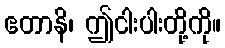
ဧတာနိ၊ ဤငါးပါးတို့ကို။